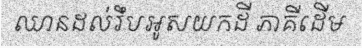
ឈានដល់រឹបអូសយកដី ភាគីដើម